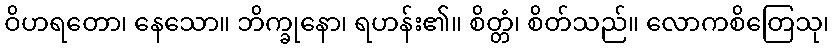
ဝိဟရတော၊ နေသော။ ဘိက္ခုနော၊ ရဟန်း၏။ စိတ္တံ၊ စိတ်သည်။ လောကစိတြေသု၊